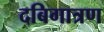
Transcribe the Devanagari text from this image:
दबिगात्रण